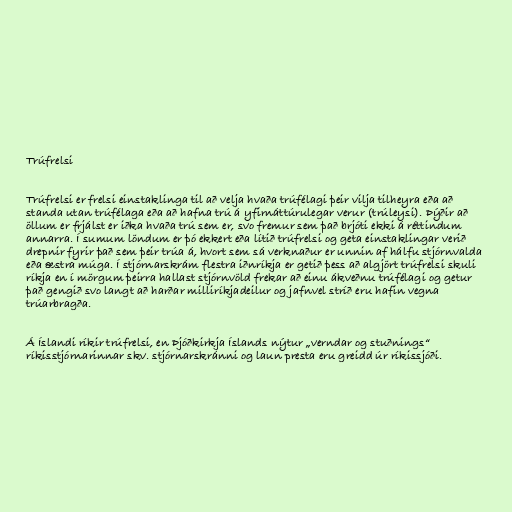
Trúfrelsi

Trúfrelsi er frelsi einstaklinga til að velja hvaða trúfélagi þeir vilja tilheyra eða að
standa utan trúfélaga eða að hafna trú á yfirnáttúrulegar verur (trúleysi). Þýðir að
öllum er frjálst er iðka hvaða trú sem er, svo fremur sem það brjóti ekki á réttindum
annarra. Í sumum löndum er þó ekkert eða lítið trúfrelsi og geta einstaklingar verið
drepnir fyrir það sem þeir trúa á, hvort sem sá verknaður er unnin af hálfu stjórnvalda
eða æstra múga. Í stjórnarskrám flestra iðnríkja er getið þess að algjört trúfrelsi skuli
ríkja en í mörgum þeirra hallast stjórnvöld frekar að einu ákveðnu trúfélagi og getur
það gengið svo langt að harðar milliríkjadeilur og jafnvel stríð eru hafin vegna
trúarbragða.

Á Íslandi ríkir trúfrelsi, en Þjóðkirkja Íslands nýtur „verndar og stuðnings“
ríkisstjórnarinnar skv. stjórnarskránni og laun presta eru greidd úr ríkissjóði.